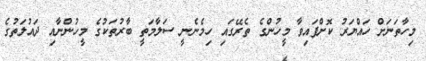
މިހާތަނަށް ހައްޔަރު ކޮށްފައިވާ މީހުންގެ ތެރޭގައި ހިމެނެނީ ސަލާމަތީ ބާރުތަކުގެ މީހުންނާއި ދައުލަތުގެ